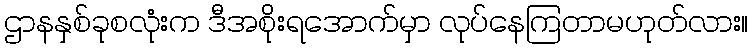
ဌာနနှစ်ခုစလုံးက ဒီအစိုးရအောက်မှာ လုပ်နေကြတာမဟုတ်လား။